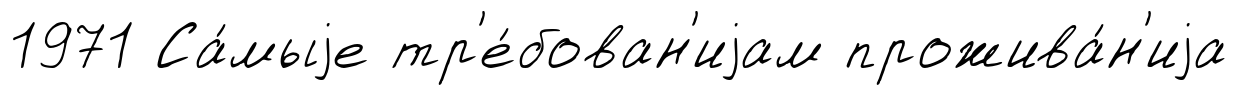
1971 Са́мыjе тр'е́бован'иjам прожива́н'иjа